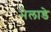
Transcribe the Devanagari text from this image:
भेलाडे